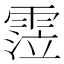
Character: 𩃜